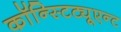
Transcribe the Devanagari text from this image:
कॉन्स्टिट्यूएन्ट